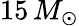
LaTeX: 15\, M_{\odot}